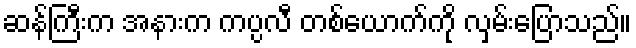
ဆန်ကြီးက အနားက ကပ္ပလီ တစ်ယောက်ကို လှမ်းပြောသည်။